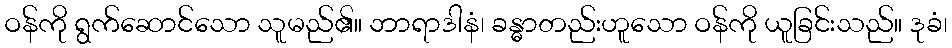
ဝန်ကို ရွက်ဆောင်သော သူမည်၏။ ဘာရာဒါနံ၊ ခန္ဓာတည်းဟူသော ဝန်ကို ယူခြင်းသည်။ ဒုခံ၊